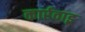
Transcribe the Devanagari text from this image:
कार्रवाइ्र्र